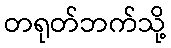
တရုတ်ဘက်သို့